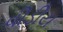
વીડીય